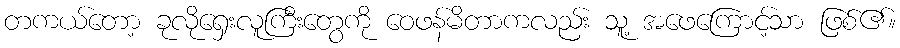
တကယ်တော့ ခုလိုရှေးလူကြီးတွေကို ဝေဖန်မိတာကလည်း သူ့ အဖေကြောင့်သာ ဖြစ်၏။